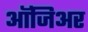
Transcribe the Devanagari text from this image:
ऑजिअर